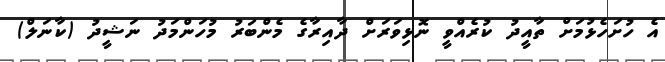
އެ ހުށަހެޅުމަށް ތާއީދު ކުރެއްވީ ނޮޅިވަރަށް ދާއިރާގެ މެންބަރު މުހަންމަދު ނަޝީދު (ކާނަލް)